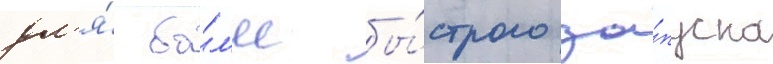
дл'я́ бо́л'ее бы́строго за́пуска